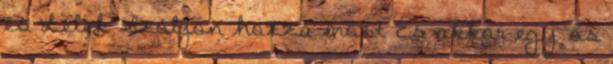
és Lélek Szóljon hozzá most És akkor egy ős